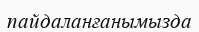
пайдаланғанымызда